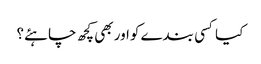
کیا کسی بندے کواور بھی کچھ چاہئے؟